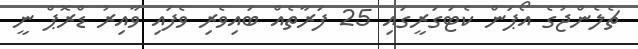
ޗެލެންޖުގެ އޯޕަން ކެޓަގަރީގައި 25 ފަރާތެއް ބައިވެރި ވެފައި ވާއިރު ޑްރޮޕް ނީ